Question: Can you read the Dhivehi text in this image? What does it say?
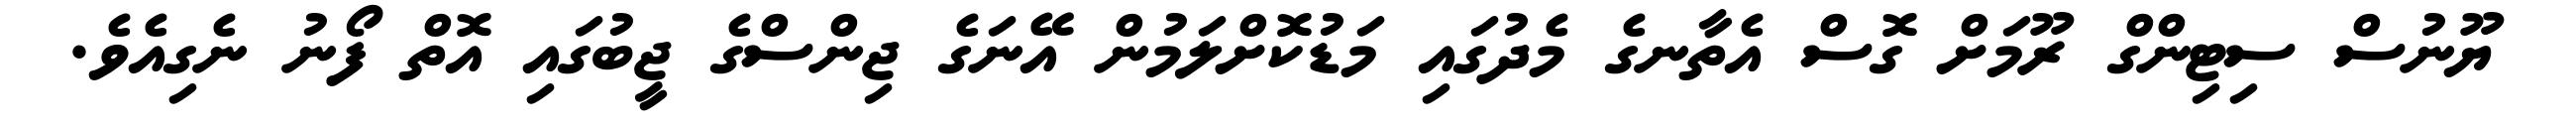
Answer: ޔޫނުސް ސިޓިންގް ރޫމަށް ގޮސް އެތާނގެ މެދުގައި މަޑުކޮށްލަމުން އޭނަގެ ޖިންސްގެ ޖީބުގައި އޮތް ފޯނު ނެގިއެވެ.